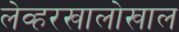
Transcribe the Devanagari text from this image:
लेव्हरखालोखाल